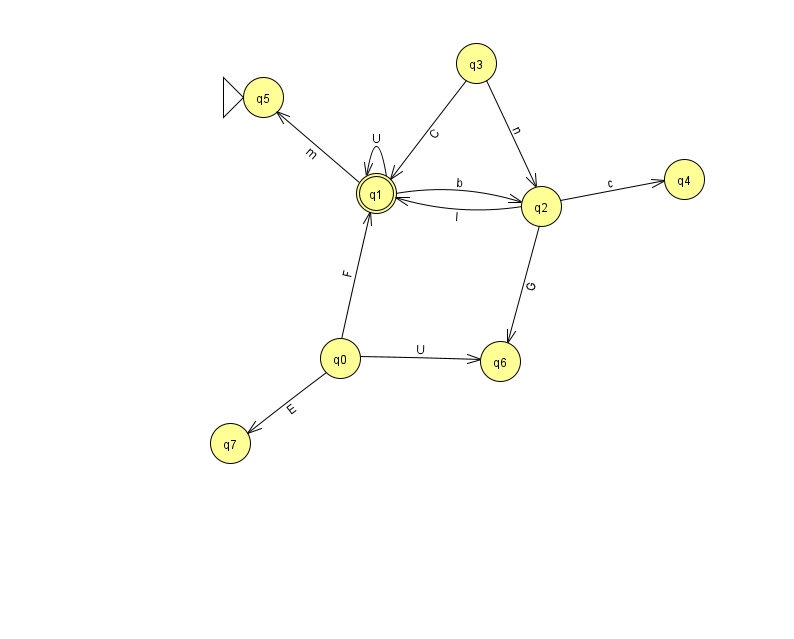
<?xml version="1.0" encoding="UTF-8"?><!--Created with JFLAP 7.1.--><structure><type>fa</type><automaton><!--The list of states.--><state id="0" name="q0"><x>340.0</x><y>345.0</y></state><state id="1" name="q1"><x>376.0</x><y>180.0</y><final/></state><state id="2" name="q2"><x>541.0</x><y>193.0</y></state><state id="3" name="q3"><x>476.0</x><y>50.0</y></state><state id="4" name="q4"><x>684.0</x><y>166.0</y></state><state id="5" name="q5"><x>263.0</x><y>84.0</y><initial/></state><state id="6" name="q6"><x>500.0</x><y>348.0</y></state><state id="7" name="q7"><x>230.0</x><y>430.0</y></state><!--The list of transitions.--><transition><from>0</from><to>1</to><read>F</read></transition><transition><from>2</from><to>6</to><read>G</read></transition><transition><from>2</from><to>1</to><read>I</read></transition><transition><from>1</from><to>1</to><read>U</read></transition><transition><from>1</from><to>2</to><read>b</read></transition><transition><from>2</from><to>4</to><read>c</read></transition><transition><from>0</from><to>7</to><read>E</read></transition><transition><from>1</from><to>5</to><read>m</read></transition><transition><from>3</from><to>1</to><read>C</read></transition><transition><from>3</from><to>2</to><read>n</read></transition><transition><from>0</from><to>6</to><read>U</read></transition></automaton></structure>